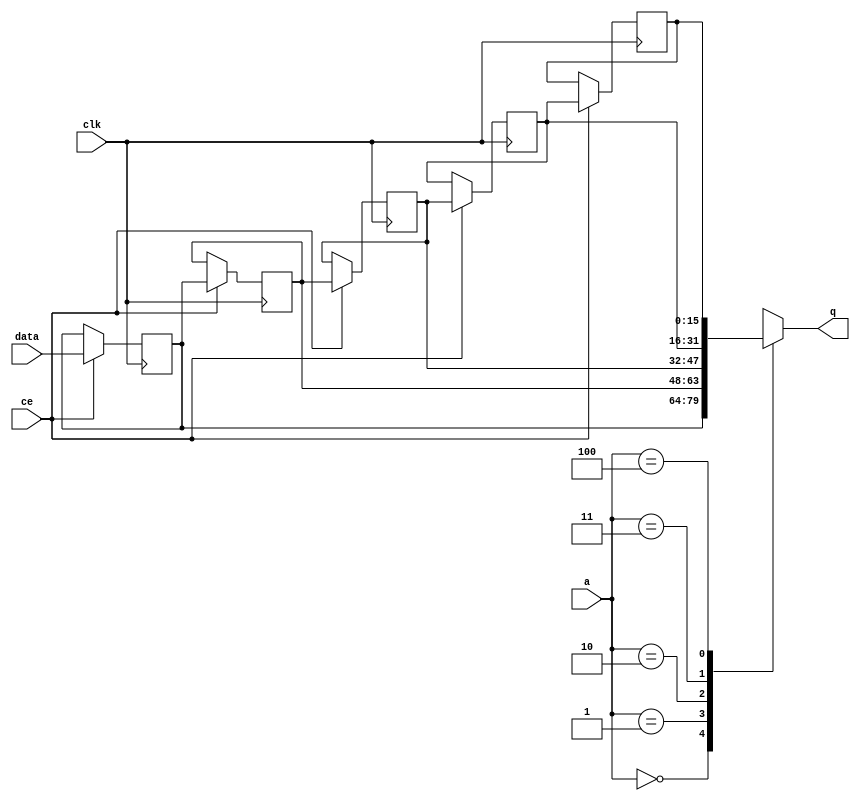
module fifo_w16_d4_A_shiftReg (
    clk,
    data,
    ce,
    a,
    q);

parameter DATA_WIDTH = 32'd16;
parameter ADDR_WIDTH = 32'd3;
parameter DEPTH = 32'd5;

input clk;
input [DATA_WIDTH-1:0] data;
input ce;
input [ADDR_WIDTH-1:0] a;
output [DATA_WIDTH-1:0] q;

reg[DATA_WIDTH-1:0] SRL_SIG [0:DEPTH-1];
integer i;

always @ (posedge clk)
    begin
        if (ce)
        begin
            for (i=0;i<DEPTH-1;i=i+1)
                SRL_SIG[i+1] <= SRL_SIG[i];
            SRL_SIG[0] <= data;
        end
    end

assign q = SRL_SIG[a];

endmodule